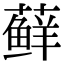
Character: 藓